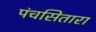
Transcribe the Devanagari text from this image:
पंचसितारा